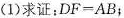
(1)求证：DF=AB；